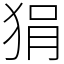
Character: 狷